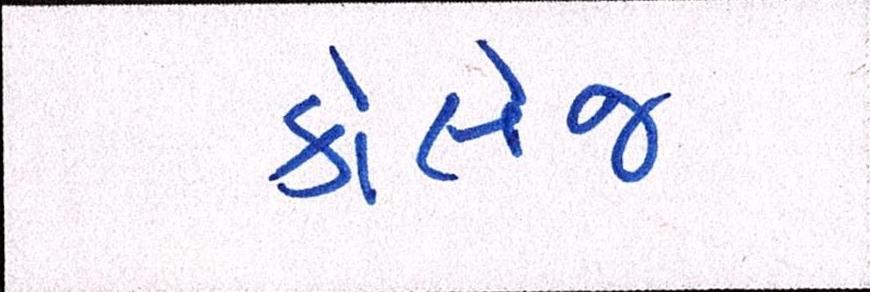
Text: કોલેજ